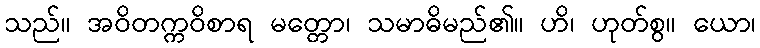
သည်။ အဝိတက္ကဝိစာရ မတ္တော၊ သမာဓိမည်၏။ ဟိ၊ ဟုတ်စွ။ ယော၊